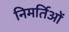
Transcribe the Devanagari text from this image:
निमर्तिओं